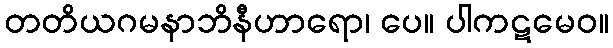
တတိယဂမနာဘိနီဟာရော၊ ပေ။ ပါကဋမေဝ။